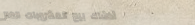
أكشاك بيع المشروبات الغاز